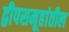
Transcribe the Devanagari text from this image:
द्वीपसमूहांतील